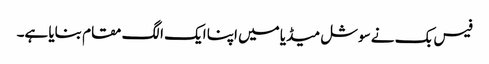
فیس بک نے سوشل میڈیا میں اپنا ایک الگ مقام بنایا ہے۔